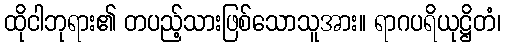
ထိုငါဘုရား၏ တပည့်သားဖြစ်သောသူအား။ ရာဂပရိယုဋ္ဌိတံ၊